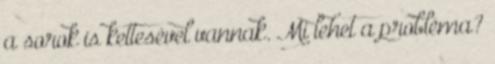
a sorok is kettesével vannak. Mi lehet a probléma?